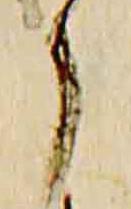
了